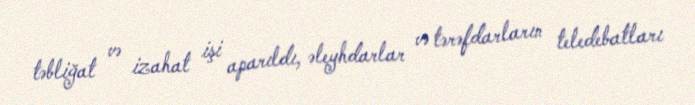
təbliğat və izahat işi aparıldı, əleyhdarlar və tərəfdarların teledebatları